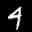
Label: 4